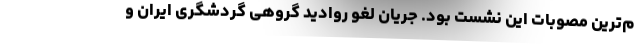
م‌ترین مصوبات این نشست بود. جریان لغو روادید گروهی گردشگری ایران و